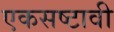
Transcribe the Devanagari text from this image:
एकसष्टावी